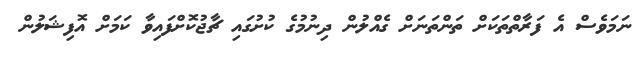
ނަމަވެސް އެ ފަރާތްތަކަށް ތަންތަނަށް ގެއްލުން ދިނުމުގެ ކުށުގައި ޗާޖުކޮށްފައިވާ ކަމަށް އޮފިޝަލުން